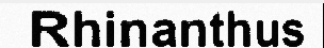
Rhinanthus